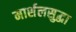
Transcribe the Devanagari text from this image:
मार्शलसुद्धा